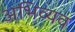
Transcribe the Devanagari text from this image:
अभिव्यव